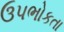
ઉપભોકતા